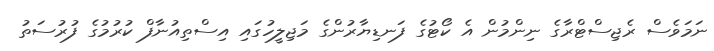
ނަމަވެސް ރެޖިސްޓްރާގެ ނިންމުން އެ ކޯޓުގެ ފަނޑިޔާރުންގެ މަޖިލީހުގައި އިސްތިއުނާފް ކުރުމުގެ ފުރުސަތު